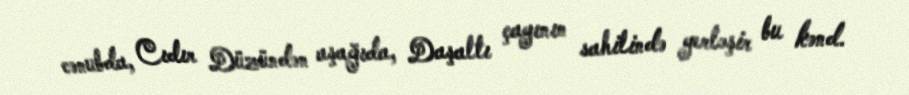
cənubda, Cıdır Düzündən aşağıda, Daşaltı çayının sahilində yerləşir bu kənd.